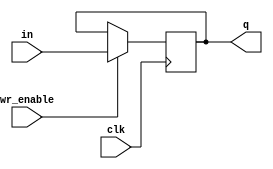
module DFF
(
output reg [31:0] q,
input [31:0] in,
input		wr_enable,
input		clk
);
    initial begin
      q <= 0;
    end
    always @(posedge clk) begin
        if (wr_enable) begin
            q <= in;
        end
    end
endmodule

module DFFneg
(
output reg [31:0] q,
input [31:0] in,
input		wr_enable,
input		clk
);
    initial begin
      q <= 0;
    end
    always @(negedge clk) begin
        if (wr_enable) begin
            q <= in;
        end
    end
endmodule